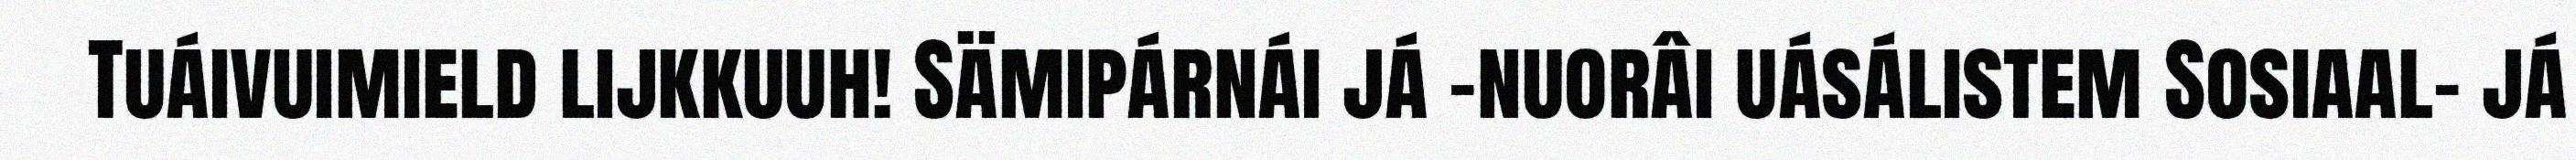
Tuáivuimield lijkkuuh! Sämipárnái já -nuorâi uásálistem Sosiaal- já